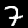
Digit: 7